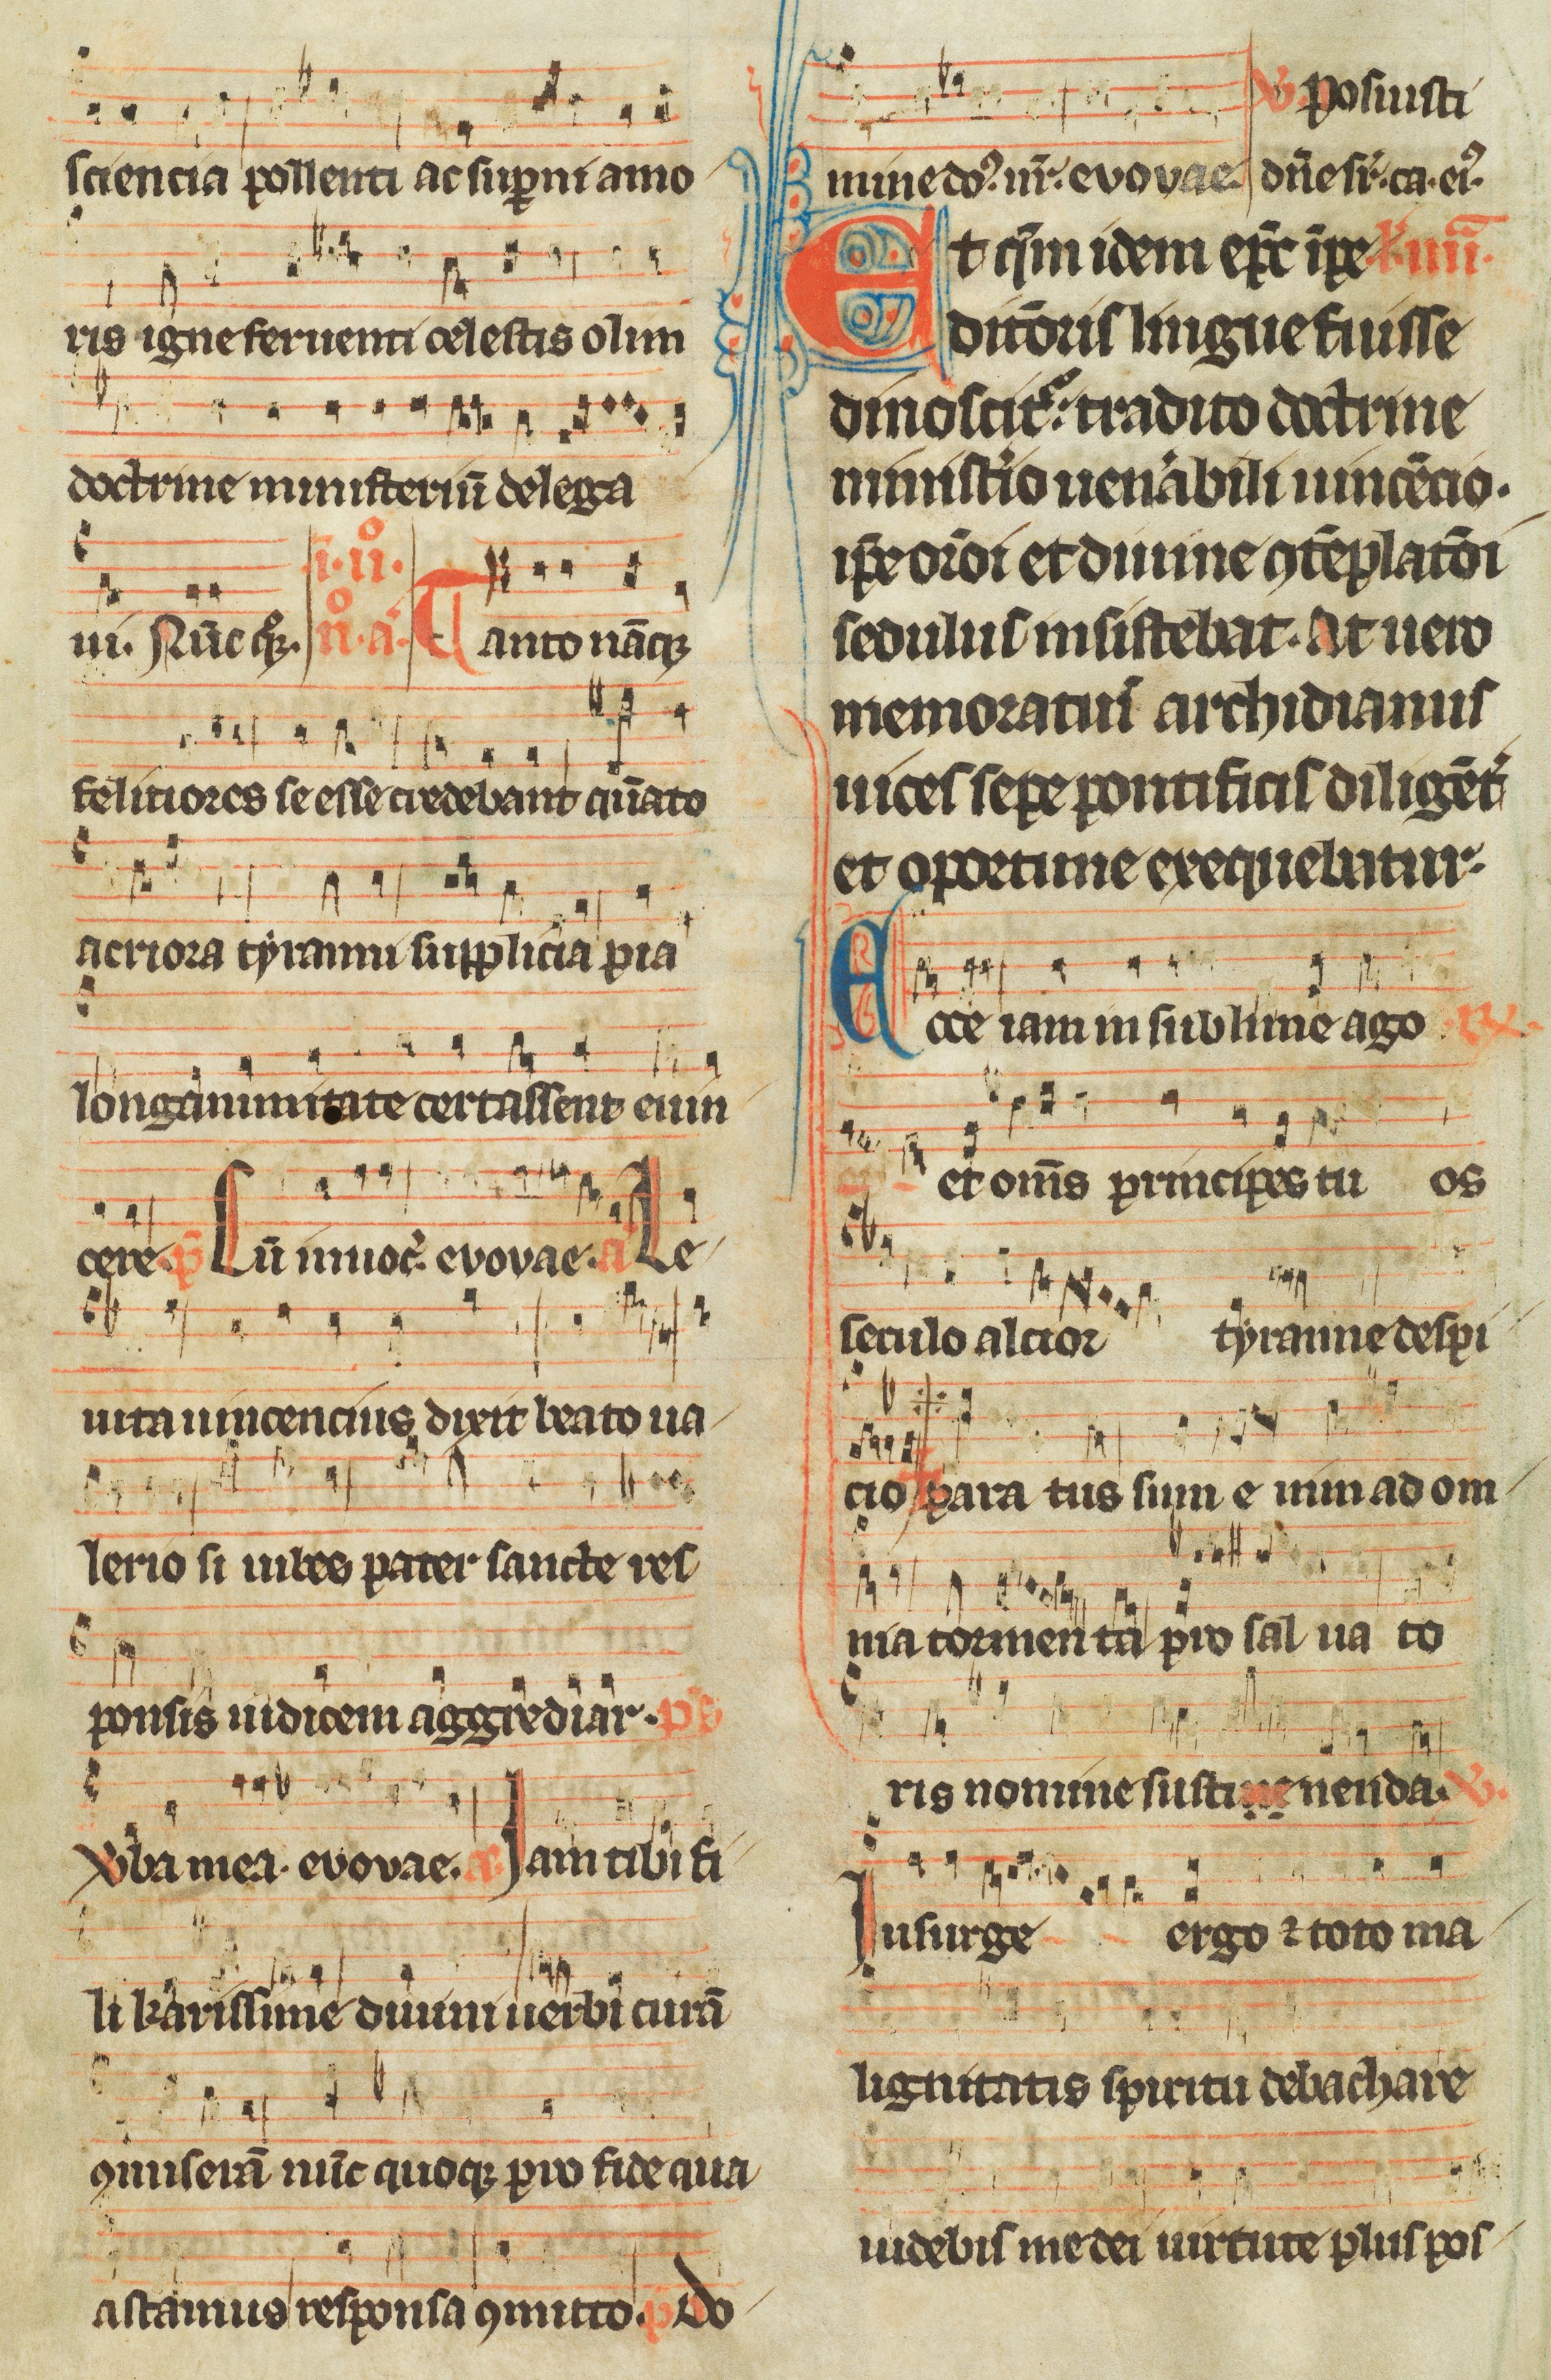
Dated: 1300–1349